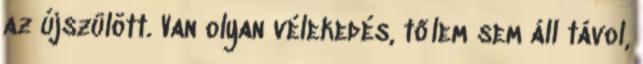
az újszülött. Van olyan vélekedés, tőlem sem áll távol,